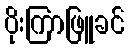
ပိုးကြာဖြူခင်